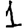
Digit: 1